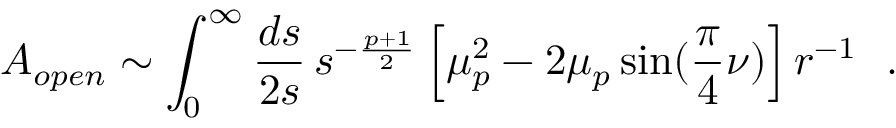
{ \cal A } _ { o p e n } \sim \int _ { 0 } ^ { \infty } { \frac { d s } { 2 s } } \, s ^ { - { \frac { p + 1 } { 2 } } } \left[ \mu _ { p } ^ { 2 } - 2 \mu _ { p } \sin ( { \frac { \pi } { 4 } } \nu ) \right] r ^ { - 1 } ~ ~ .